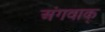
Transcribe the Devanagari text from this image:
अंगवाक्